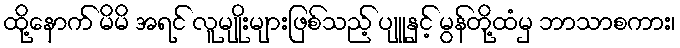
ထို့နောက် မိမိ အရင် လူမျိုးများဖြစ်သည့် ပျူနှင့် မွန်တို့ထံမှ ဘာသာစကား၊